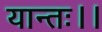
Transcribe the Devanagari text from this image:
यान्तः।।